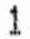
1